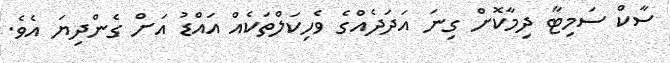
ސާކް ސަމިޓާ ދިމާކޮށް ގިނަ އަދަދެއްގެ ވެހިކަލްތަކެއް އައްޑު އަށް ގެންދިޔަ އެވެ.